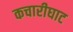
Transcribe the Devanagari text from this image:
कचारीघाट